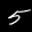
Label: 5